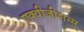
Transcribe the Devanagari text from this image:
एक्वीजीशन्स